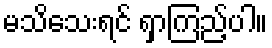
မသိသေးရင် ရှာကြည့်ပါ။